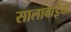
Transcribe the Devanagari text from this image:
सालाबाईचा